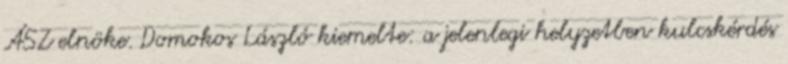
ÁSZ elnöke. Domokos László kiemelte: a jelenlegi helyzetben kulcskérdés